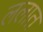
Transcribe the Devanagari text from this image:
ललात